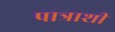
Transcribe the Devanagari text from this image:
पात्राशी